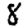
Digit: 8